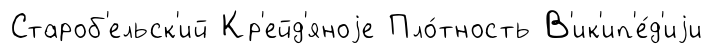
Староб'ельск'ий Кр'ейд'яноjе Пло́тность В'ик'ип'е́д'иjи